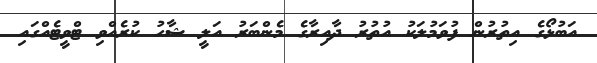
އަބުޅޯގެ އިތުރުން ފުވަމުލަކު އުތުރު ދާއިރާގެ މެންބަރު އަލީ ޝާހު ކުރެއްވި ޓްވީޓެއްގައި